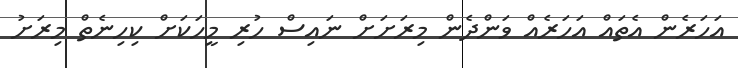
އަހަރެން އެތައް އަހަރެއް ވަންދެން މިރަށަށް ނައިސް ހުރި މީހަކަށް ކިހިނެތް މިރަށު